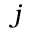
j